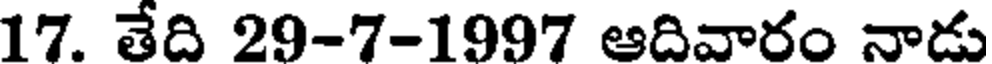
17. తేది 29-7-1997 ఆదివారం నాడు